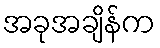
အခုအချိန်က